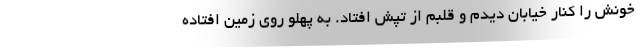
خونش را کنار خیابان دیدم و قلبم از تپش افتاد. به پهلو روی زمین افتاده